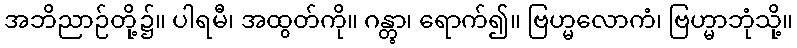
အဘိညာဉ်တို့၌။ ပါရမီ၊ အထွတ်ကို။ ဂန္တွာ၊ ရောက်၍။ ဗြဟ္မလောကံ၊ ဗြဟ္မာဘုံသို့။